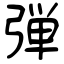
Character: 弾